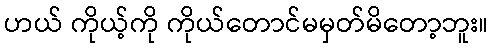
ဟယ် ကိုယ့်ကို ကိုယ်တောင်မမှတ်မိတော့ဘူး။